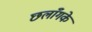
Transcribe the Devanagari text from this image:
छलाँगके